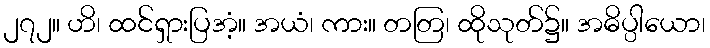
၂၇၂။ ဟိ၊ ထင်ရှားပြအံ့။ အယံ၊ ကား။ တတြ၊ ထိုသုတ်၌။ အဓိပ္ပါယော၊